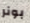
بونر